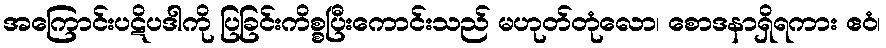
အကြောင်းပဋိပဒါကို ပြခြင်းကိစ္စပြီးကောင်းသည် မဟုတ်တုံလော၊ စောဒနာရှိရကား ဧဝံ၊